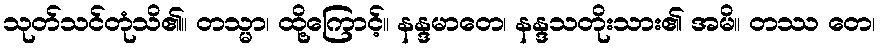
သုတ်သင်တုံသိ၏။ တသ္မာ၊ ထို့ကြောင့်။ နန္ဒမာတေ၊ နန္ဒသတိုးသား၏ အမိ။ တဿ တေ၊